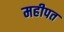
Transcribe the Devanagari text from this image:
महीपत